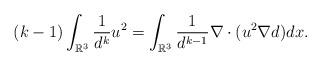
LaTeX: \begin{align*} (k-1)\int_{\mathbb{R}^3}\frac{1}{d^{k}}u^2=\int_{\mathbb{R}^3}\frac{1}{d^{k-1}}\nabla\cdot(u^2\nabla d)dx. \end{align*}